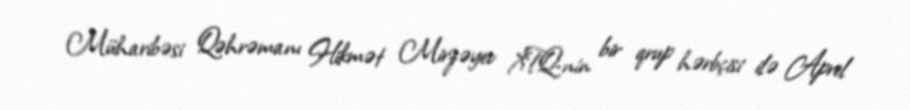
Müharibəsi Qəhrəmanı Hikmət Mirzəyev XTQ-nin bir qrup hərbçisi ilə Aprel